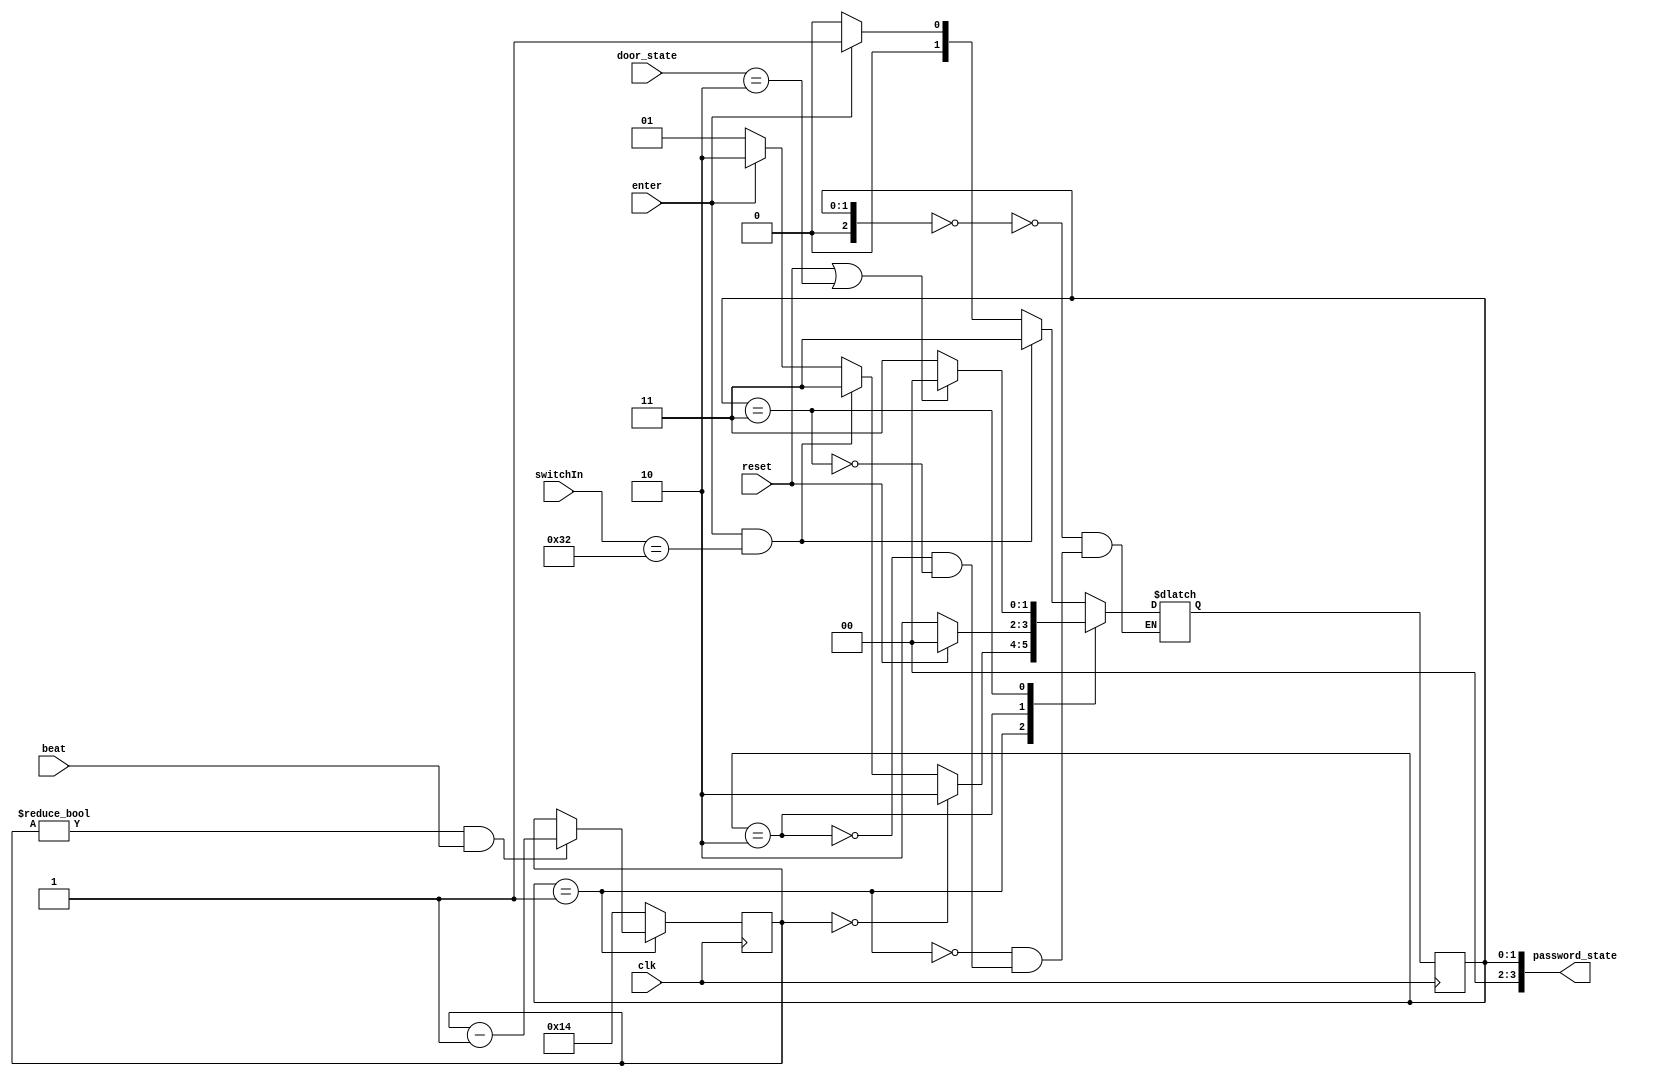
`timescale 1ns / 1ps

module DoorEntryFSM(
    input wire clk,                // Clock signal
    input wire enter,              // Button to enter password (btn_E)
    input wire reset,              // Button to reset (btn_C)
    input wire [6:0] switchIn,     // Input password switches
    input wire [2:0] door_state,   // Current state of the door
    input wire beat,               // Beat signal for timing
    output reg [3:0] password_state // Output representing the state of the password FSM
);

// Define FSM states as parameters
parameter S1=3'd0, S2=3'd1, Trapped=3'd2, Success=3'd3;
// Door FSM outside
parameter Closed=3'd0, Open=3'd1, BeginClose=3'd2, BeginOpen=3'd3;

// Define registers for FSM state, next state, password, and timeout
reg [2:0] state, nextstate;
reg [7:0] password;
reg [5:0] S2_timeout;

initial begin
    password = 7'd50;         // Set password
    S2_timeout = 5'd20;       // Set S2 timeout
    state = S1;               // Initialize state to S1
    nextstate = S1;           // Initialize next state to S1
end


// synchronization
always @(posedge clk) begin
    state <= nextstate;
end

// Decrement S2 timeout if in S2 state and beat signal is active, otherwise reset timeout
always @(posedge clk) begin
    if (state == S2) begin
        // Decrement timeout if not zero
        if (S2_timeout != 0 && beat) S2_timeout <= S2_timeout - 1;  
    end else S2_timeout = 5'd20; // Reset timeout if not in S2 state
end

// next state logic
always @(*) begin
    case(state)
        S1: begin
            if (enter && switchIn == password) nextstate = Success; // Transition to Success if correct password entered
            else if (enter) nextstate = S2;                        // Transition to S2 if enter button pressed
            else nextstate = S1;                                    // Remain in S1 otherwise
        end
        
        S2: begin
            if (S2_timeout == 0) nextstate = Trapped;              // Transition to Trapped if S2 timeout
            else if (enter && switchIn == password) nextstate = Success; // Transition to Success if correct password entered
            else if (enter) nextstate = Trapped;                    // Transition to Trapped if enter button pressed
            else nextstate = S2;                                    // Remain in S2 otherwise
        end
        
        Trapped: begin
            if (reset) nextstate = S1;                              // Transition to S1 if reset button pressed
            else nextstate = Trapped;                               // Remain in Trapped otherwise
        end
        
        Success: begin
            if (reset || door_state == BeginClose) nextstate = S1;  // Transition to S1 if reset button pressed or door begins closing
            else nextstate = Success;                               // Remain in Success otherwise
        end
    endcase 
end


// output logic 
always @(*) begin
    password_state = state;
end

endmodule